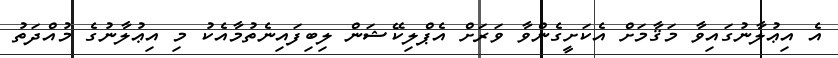
އެ އިޢުލާނުގައިވާ މަޤާމަށް އެކަށީގެންވާ ވަރަށް އެޕްލިކޭޝަން ލިބިފައިނެތުމާއެކު މި އިޢުލާނުގެ މުއްދަތު